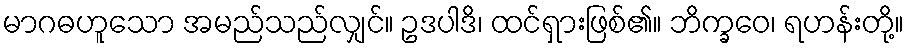
မာဂဓဟူသော အမည်သည်လျှင်။ ဥဒပါဒိ၊ ထင်ရှားဖြစ်၏။ ဘိက္ခဝေ၊ ရဟန်းတို့။